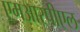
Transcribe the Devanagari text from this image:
एमआरपीएल